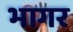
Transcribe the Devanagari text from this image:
भागर